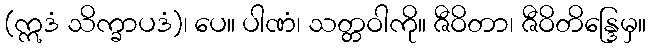
(ဣဒံ သိက္ခာပဒံ)၊ ပေ။ ပါဏံ၊ သတ္တဝါကို။ ဇီဝိတာ၊ ဇီဝိတိန္ဒြေမှ။